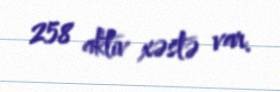
258 aktiv xəstə var.